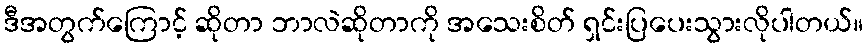
ဒီအတွက်ကြောင့် ဆိုတာ ဘာလဲဆိုတာကို အသေးစိတ် ရှင်းပြပေးသွားလိုပါတယ်။